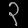
Digit: ၃